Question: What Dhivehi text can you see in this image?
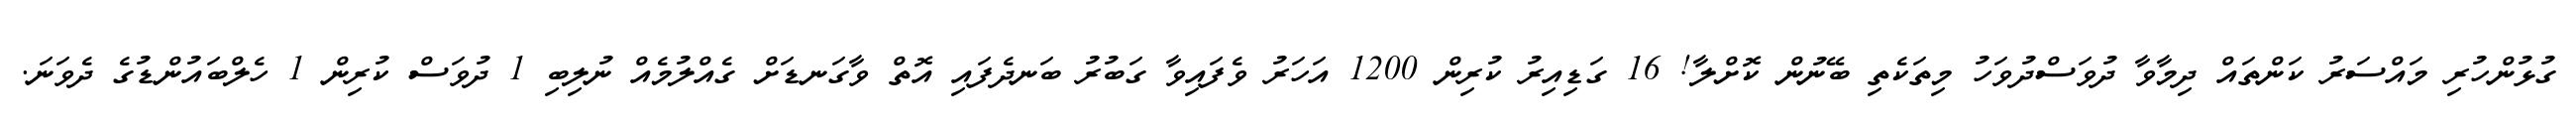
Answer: ގުޅުންހުރި މައްސަރު ކަންތައް ދިމާވާ ދުވަސްދުވަހު މިތަކެތި ބޭނުން ކޮށްލާ! 16 ގަޑިއިރު ކުރިން 1200 އަހަރު ވެފައިވާ ގަބުރު ބަނދެފައި އޮތް ވާގަނޑަށް ގެއްލުމެއް ނުލިބި 1 ދުވަސް ކުރިން 1 ހެލްބައުންޑުގެ ދެވަނަ.